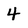
Character: 4